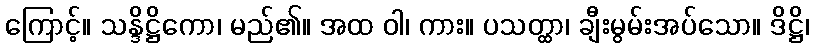
ကြောင့်။ သန္ဒိဋ္ဌိကော၊ မည်၏။ အထ ဝါ၊ ကား။ ပသတ္ထာ၊ ချီးမွမ်းအပ်သော။ ဒိဋ္ဌိ၊